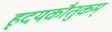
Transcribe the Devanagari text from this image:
हृदयकौतुकम्‌